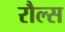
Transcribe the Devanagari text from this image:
रौल्स